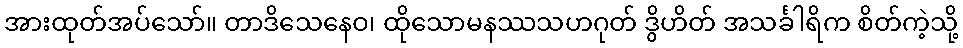
အားထုတ်အပ်သော်။ တာဒိသေနေဝ၊ ထိုသောမနဿသဟဂုတ် ဒွိဟိတ် အသင်္ခါရိက စိတ်ကဲ့သို့